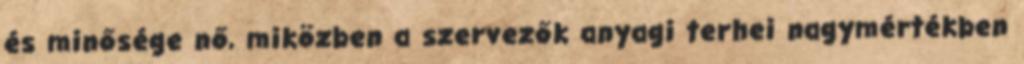
és minősége nő, miközben a szervezők anyagi terhei nagymértékben